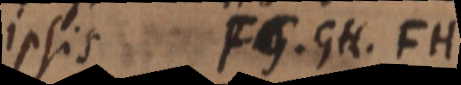
ipsis FG, GH, FH